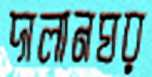
দালানঘর